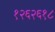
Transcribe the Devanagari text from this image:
१२६२६१८